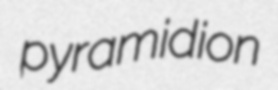
pyramidion